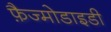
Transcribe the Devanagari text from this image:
फ़ैज्मोडाइडी